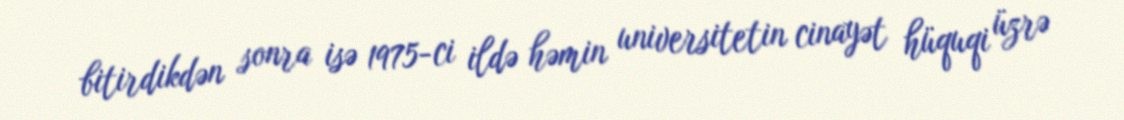
bitirdikdən sonra isə 1975-ci ildə həmin universitetin cinayət hüquqi üzrə